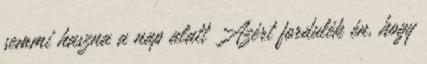
semmi haszna a nap alatt Azért fordulék én, hogy